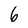
Character: 6